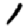
Digit: 1